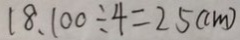
1 8 . 1 0 0 \div 4 = 2 5 ( c m )